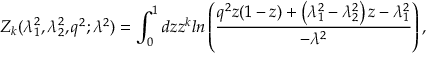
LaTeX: Z _ { k } ( \lambda _ { 1 } ^ { 2 } , \lambda _ { 2 } ^ { 2 } , q ^ { 2 } ; \lambda ^ { 2 } ) = \int _ { 0 } ^ { 1 } d z z ^ { k } l n \left( \frac { q ^ { 2 } z ( 1 - z ) + \left( \lambda _ { 1 } ^ { 2 } - \lambda _ { 2 } ^ { 2 } \right) z - \lambda _ { 1 } ^ { 2 } } { - \lambda ^ { 2 } } \right) ,